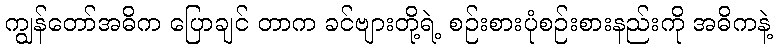
ကျွန်တော်အဓိက ပြောချင် တာက ခင်ဗျားတို့ရဲ့ စဉ်းစားပုံစဉ်းစားနည်းကို အဓိကနဲ့